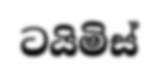
ටයිමිස්